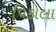
પિકોલા